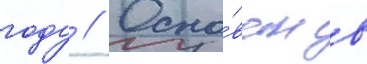
году // Осно́ван в